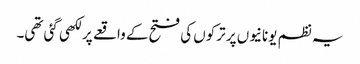
یہ نظم یونانیوں پر ترکوں کی فتح کے واقعے پر لکھی گئی تھی۔